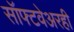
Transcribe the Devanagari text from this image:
सॉफ्टवेअरही